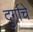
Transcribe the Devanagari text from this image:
दुर्गाचे